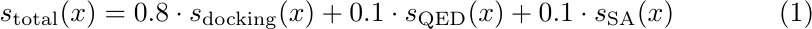
\begin{equation}
   s_{\mathrm{total}}(x)=0.8\cdot s_{\mathrm{docking}}(x)+0.1\cdot s_{\mathrm{QED}}(x)+0.1\cdot s_{\mathrm{SA}}(x)
\end{equation}